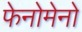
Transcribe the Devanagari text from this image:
फेनोमेनो